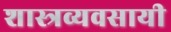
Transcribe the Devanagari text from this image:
शास्त्रव्यवसायी